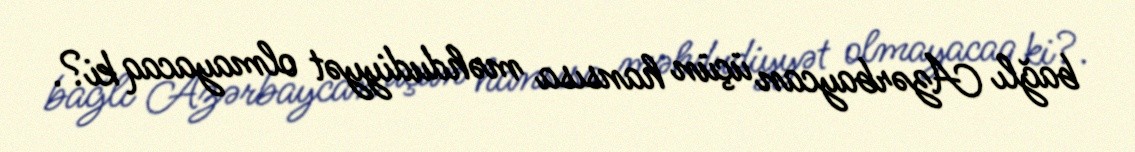
bağlı Azərbaycan üçün hansısa məhdudiyyət olmayacaq ki?.